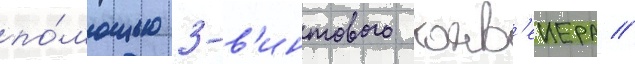
по́мощью 3-в'интового конв'еиера //